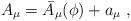
LaTeX: \begin{align*}A_\mu=\bar{A}_\mu (\phi)+a_\mu\ ,\end{align*}